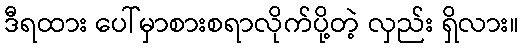
ဒီရထား ပေါ်မှာစားစရာလိုက်ပို့တဲ့ လှည်း ရှိလား။